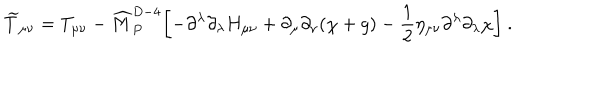
LaTeX: { \widetilde T } _ { \mu \nu } = T _ { \mu \nu } - { \widehat M } _ { P } ^ { D - 4 } \biggl [ - \partial ^ { \lambda } \partial _ { \lambda } H _ { \mu \nu } + \partial _ { \mu } \partial _ { \nu } ( \chi + g ) - { \frac { 1 } { 2 } } \eta _ { \mu \nu } \partial ^ { \lambda } \partial _ { \lambda } \chi \biggr ] ~ .